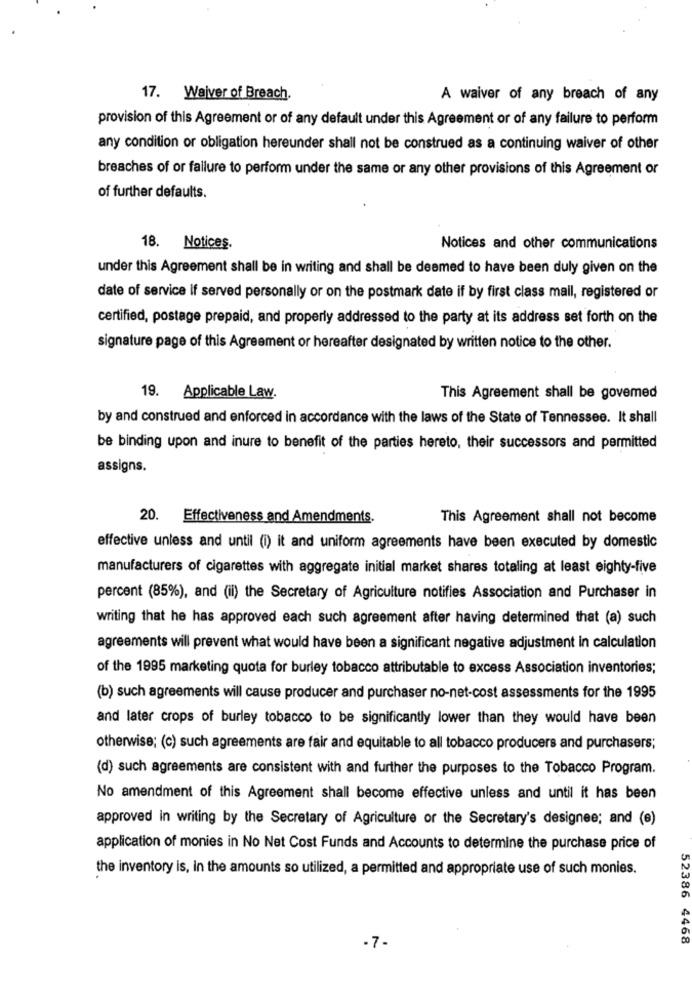
17. Waiver of Breach.
A waiver of any breach of any
provision of this Agreement or of any default under this Agreement or of any failure to perform
any condition or obligation hereunder shall not be construed as a continuing waiver of other
breaches of or failure to perform under the same or any other provisions of this Agreement or
of further defaults.
18. Notices.
Notices and other communications
under this Agreement shall be in writing and shall be deemed to have been duly given on the
date of service if served personally or on the postmark date if by first class mail, registered or
certified, postage prepaid, and properly addressed to the party at its address set forth on the
signature page of this Agreement or hereafter designated by written notice to the other.
19. Applicable Law.
This Agreement shall be govemed
by and construed and enforced in accordance with the laws of the State of Tennessee. It shall
be binding upon and inure to benefit of the parties hereto, their successors and permitted
assigns.
20. Effectiveness and Amendments.
This Agreement shall not become
effective unless and until (i) it and uniform agreements have been executed by domestic
manufacturers of cigarettes with aggregate initial market shares totaling at least eighty-five
percent (85%), and (ii) the Secretary of Agriculture notifies Association and Purchaser in
writing that he has approved each such agreement after having determined that (a) such
agreements will prevent what would have been a significant negative adjustment in calculation
of the 1995 marketing quota for burley tobacco attributable to excess Association inventories;
(b) such agreements will cause producer and purchaser no-net-cost assessments for the 1995
and later crops of burley tobacco to be significantly lower than they would have been
otherwise; (c) such agreements are fair and equitable to all tobacco producers and purchasers;
(d) such agreements are consistent with and further the purposes to the Tobacco Program.
No amendment of this Agreement shall become effective unless and until it has been
approved in writing by the Secretary of Agriculture or the Secretary's designee; and (e)
application of monies in No Net Cost Funds and Accounts to determine the purchase price of
the inventory is, in the amounts so utilized, a permitted and appropriate use of such monies.
52386 4468
.7